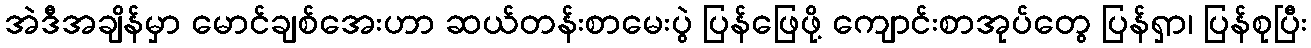
အဲဒီအချိန်မှာ မောင်ချစ်အေးဟာ ဆယ်တန်းစာမေးပွဲ ပြန်ဖြေဖို့ ကျောင်းစာအုပ်တွေ ပြန်ရှာ၊ ပြန်စုပြီး